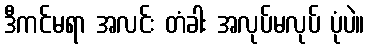
ဒီကင်မရာ အလင်း တံခါး အလုပ်မလုပ် ပုံပဲ။